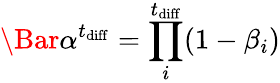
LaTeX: \Bar{\alpha}^{t_{\mathrm{diff}}}=\prod_{i}^{t_{\mathrm{diff}}}(1-\beta_{i})